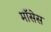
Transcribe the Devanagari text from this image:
मॉसेस